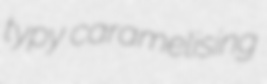
typy caramelising